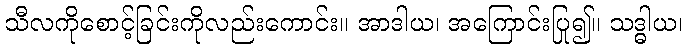
သီလကိုစောင့်ခြင်းကိုလည်းကောင်း။ အာဒါယ၊ အကြောင်းပြု၍။ သဒ္ဓါယ၊